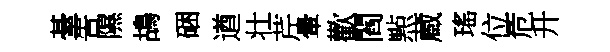
䑓告隰鴣硱遒壮芹暈歡閻㸃蔵瑤位危升